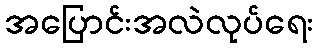
အပြောင်းအလဲလုပ်ရေး